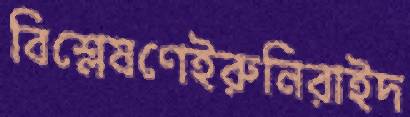
বিশ্লেষণেইরুনিরাইদ